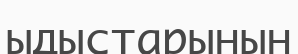
ыдыстарынын